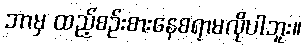
ဘာမှ ထည့်စဉ်းစားနေစရာမလိုပါဘူး။